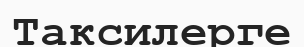
Таксилерге